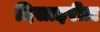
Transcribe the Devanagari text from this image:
दिसाइरीज़